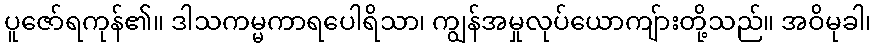
ပူဇော်ရကုန်၏။ ဒါသကမ္မကာရပေါရိသာ၊ ကျွန်အမှုလုပ်ယောကျ်ားတို့သည်။ အဝိမုခါ၊